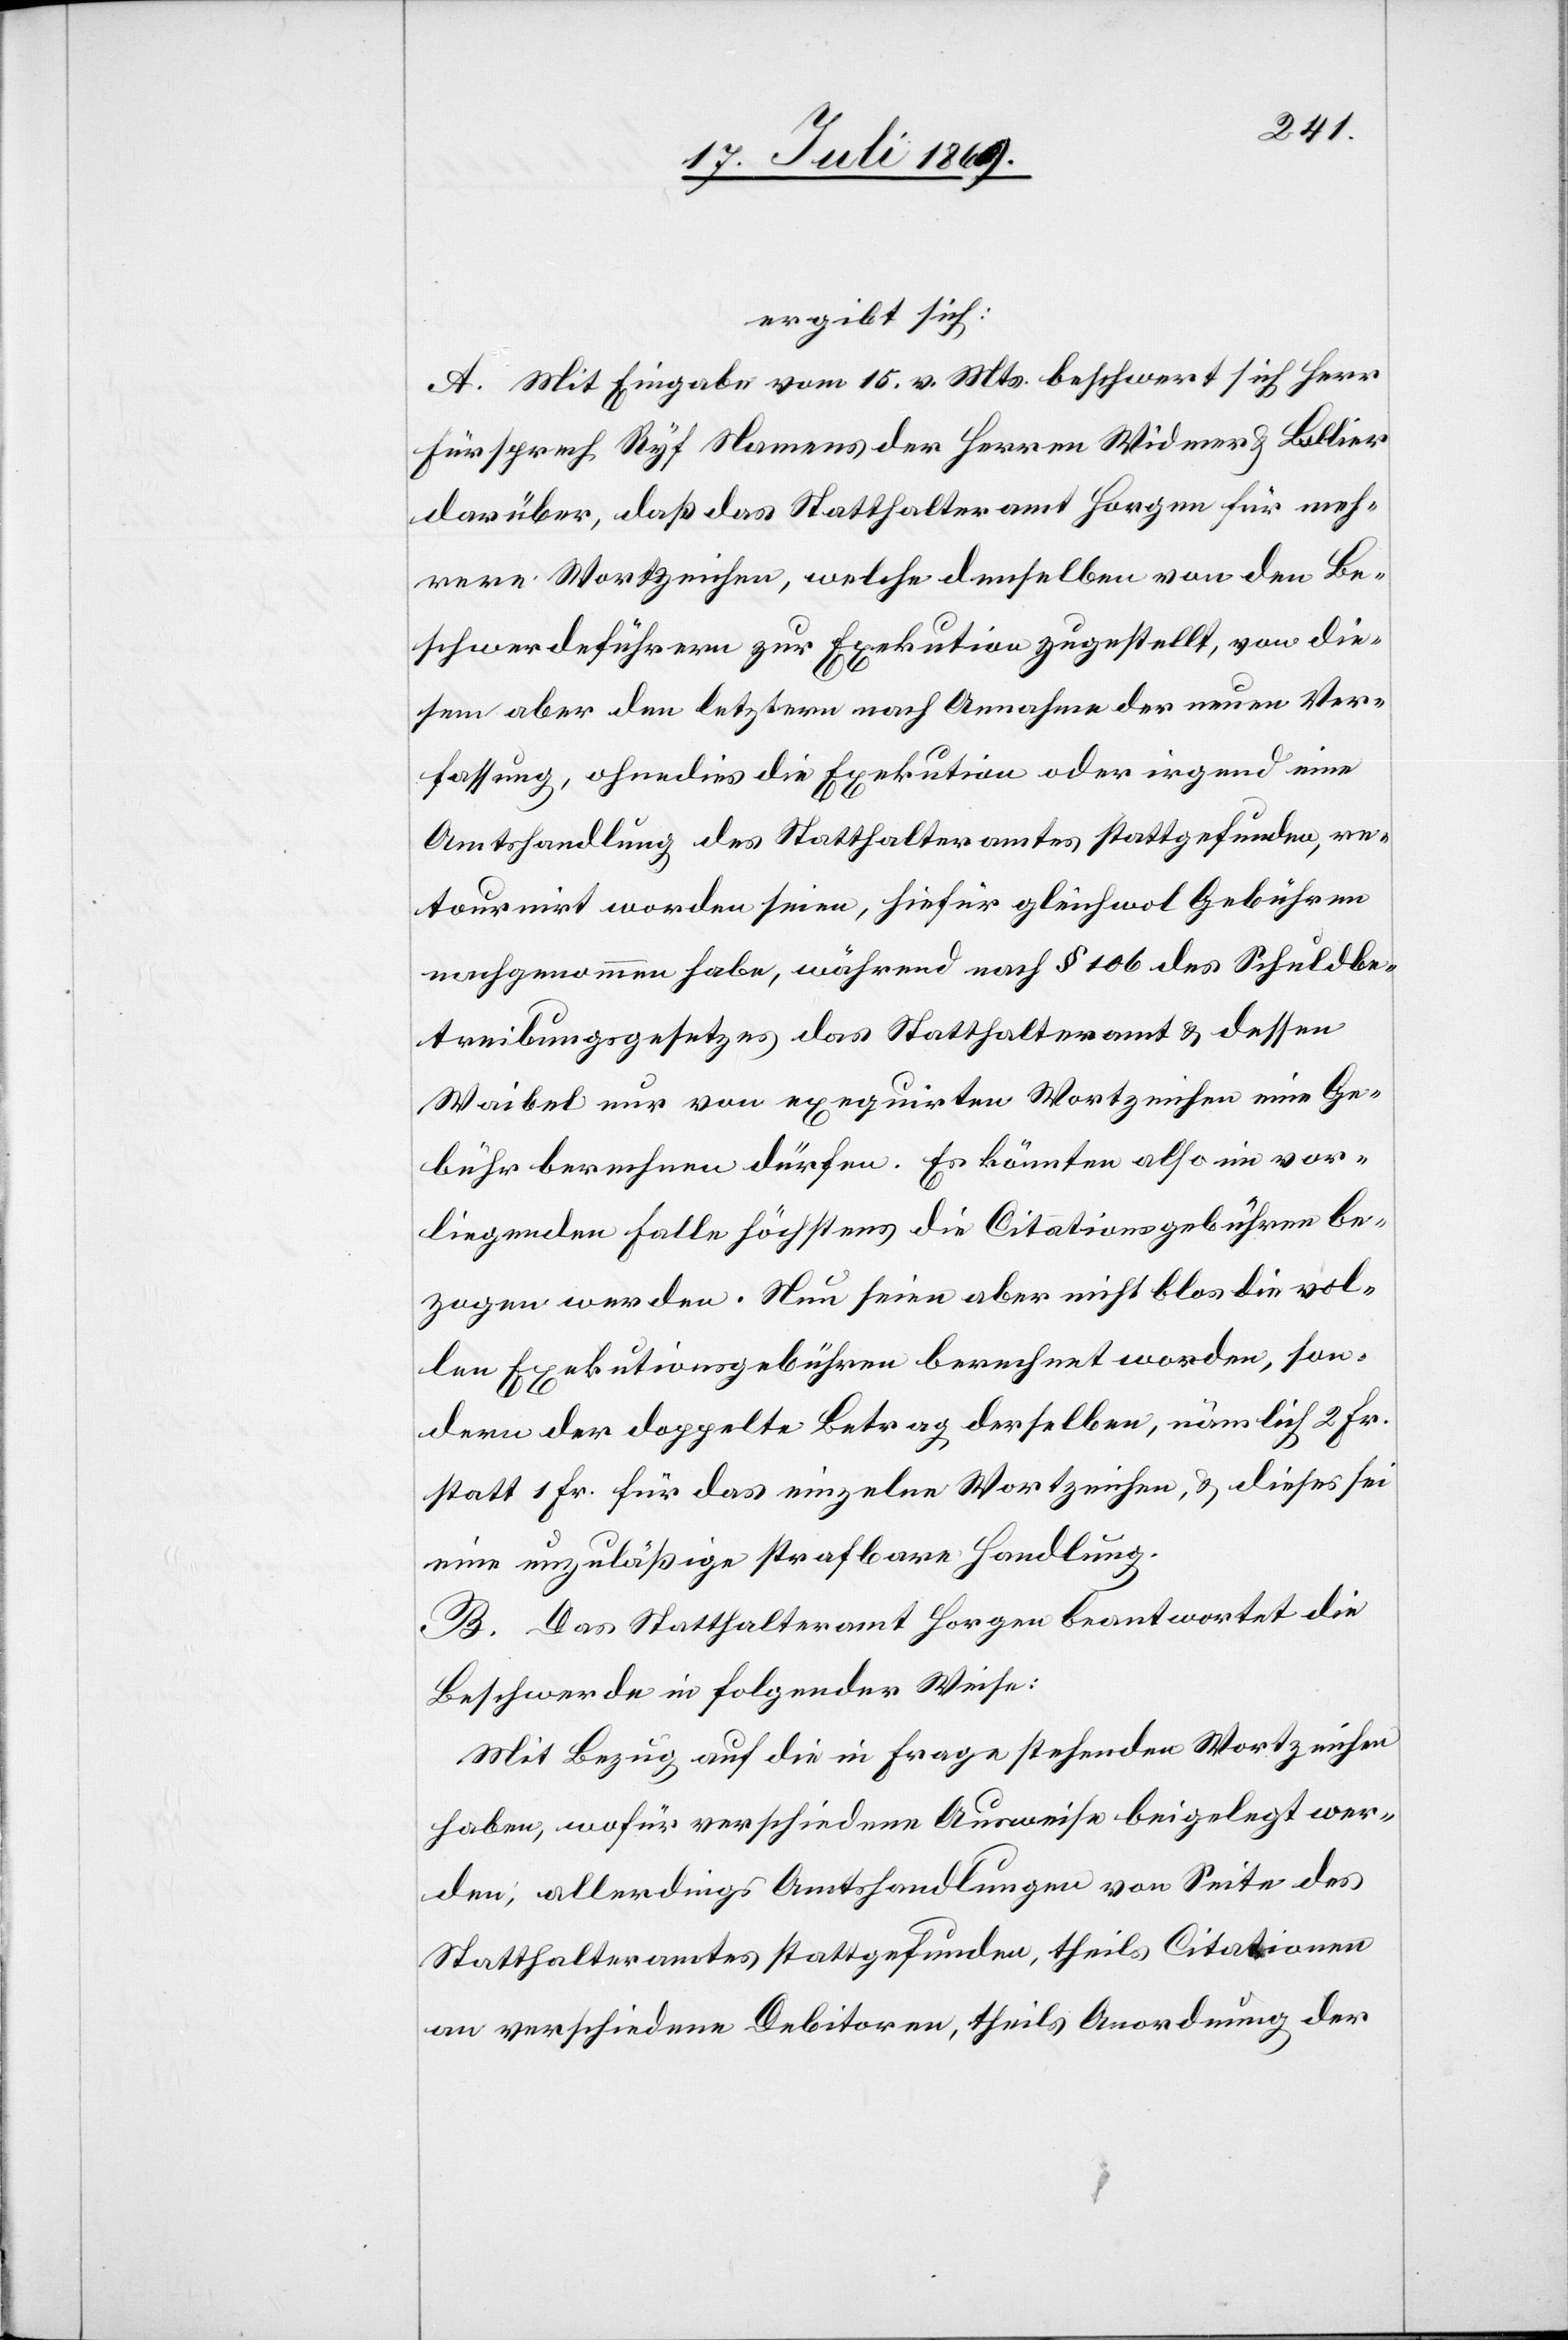
gebühren
ergibt sich:
A. Mit Eingabe vom 15 v. Mts. beschwert sich Herr
Fürsprech Ryf Namens der Herrn Widmer u. Bollier
darüber, daß das Statthalteramt Horgen für meh¬
rere Wortzeichen, welche demselben von den Be¬
schwerdeführern zur Execution zugestellt, von die¬
sem aber den letztern nach Annahme der neuen Ver¬
fassung, ohnedies die Execution oder irgend eine
Amtshandlung des Statthalteramtes stattgefunden, re¬
kurrirt worden seien, hiefür gleichwol Gebühren
nachgenommen habe, während nach § 106 des Schuldbe¬
treibungsgesetzes des Statthalteramt u. dessen
Waibel nur von exucirten Wortzeichen eine Ge¬
bühr berechnen dürfen. Es könnten also im vor¬
liegenden Falle höchstens die Citationsgebühren be¬
zogen werden. Nun seien nicht blos die vollen Executions¬
sondern der doppelte Betrag derselben, nämlich 2 Fr.
statt 1 Fr. für das einzelne Wortziehen, u. dieses sei
eine unzuläßige strafbare Handlung.
B. Das Statthalteramt Horgen beantwortet die
Beschwerde in folgender Weise:
Mit Bezug auf die in Frage stehenden Wortzeichen
haben, wofür verschiedene Ausweise beigelegt wer¬
den, allerdings Amtshandlungen von Seite des
Statthalteramtes stattgefunden, theils Citationen
an verschiedene Debitoren, theils Anordnungen der